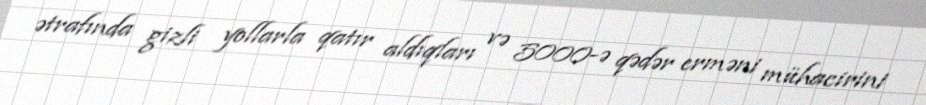
ətrafında gizli yollarla qatır aldıqları və 5000-ə qədər erməni mühacirini